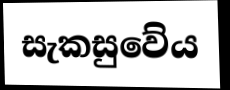
සැකසුවේය